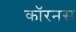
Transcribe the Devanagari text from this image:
कॉरनस